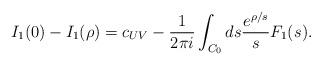
LaTeX: \begin{align*}I_1(0)-I_1(\rho)=c_{UV}-\frac{1}{2\pi i}\int_{C_0}ds\frac{e^{\rho/ s}}{s}F_1(s^{}).\end{align*}